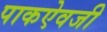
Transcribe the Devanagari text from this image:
पाकऐवजी